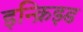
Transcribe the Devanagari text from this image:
इन्क्रिझ्ड